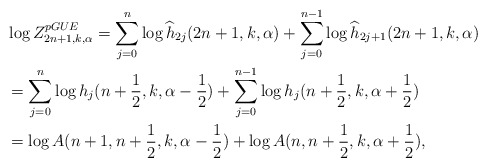
\begin{align*}&\log Z_{2n+1,k,\alpha}^{pGUE}=\sum_{j=0}^{n}\log \widehat h_{2j}(2n+1,k,\alpha)+\sum_{j=0}^{n-1}\log \widehat h_{2j+1}(2n+1,k,\alpha)\\&=\sum_{j=0}^{n}\log h_j(n+\frac{1}{2},k,\alpha-\frac{1}{2})+\sum_{j=0}^{n-1}\log h_j(n+\frac{1}{2},k,\alpha+\frac{1}{2})\\&=\log A(n+1,n+\frac{1}{2},k,\alpha-\frac{1}{2})+\log A(n,n+\frac{1}{2},k,\alpha+\frac{1}{2}),\end{align*}